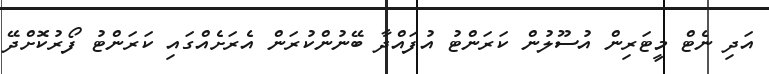
އަދި ނެޓް މީޓަރިން އުސޫލުން ކަރަންޓު އުފައްދާ ބޭނުންކުރަން އެރަށެއްގައި ކަރަންޓު ފޯރުކޮށްދޭ